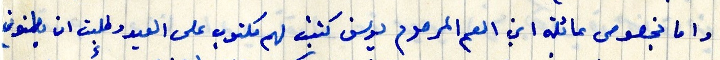
واما بخصوص عائلة ابن العم المرحوم يوسف كتبت لهم مكتوب على العيد وطلبت ان يطمنوني